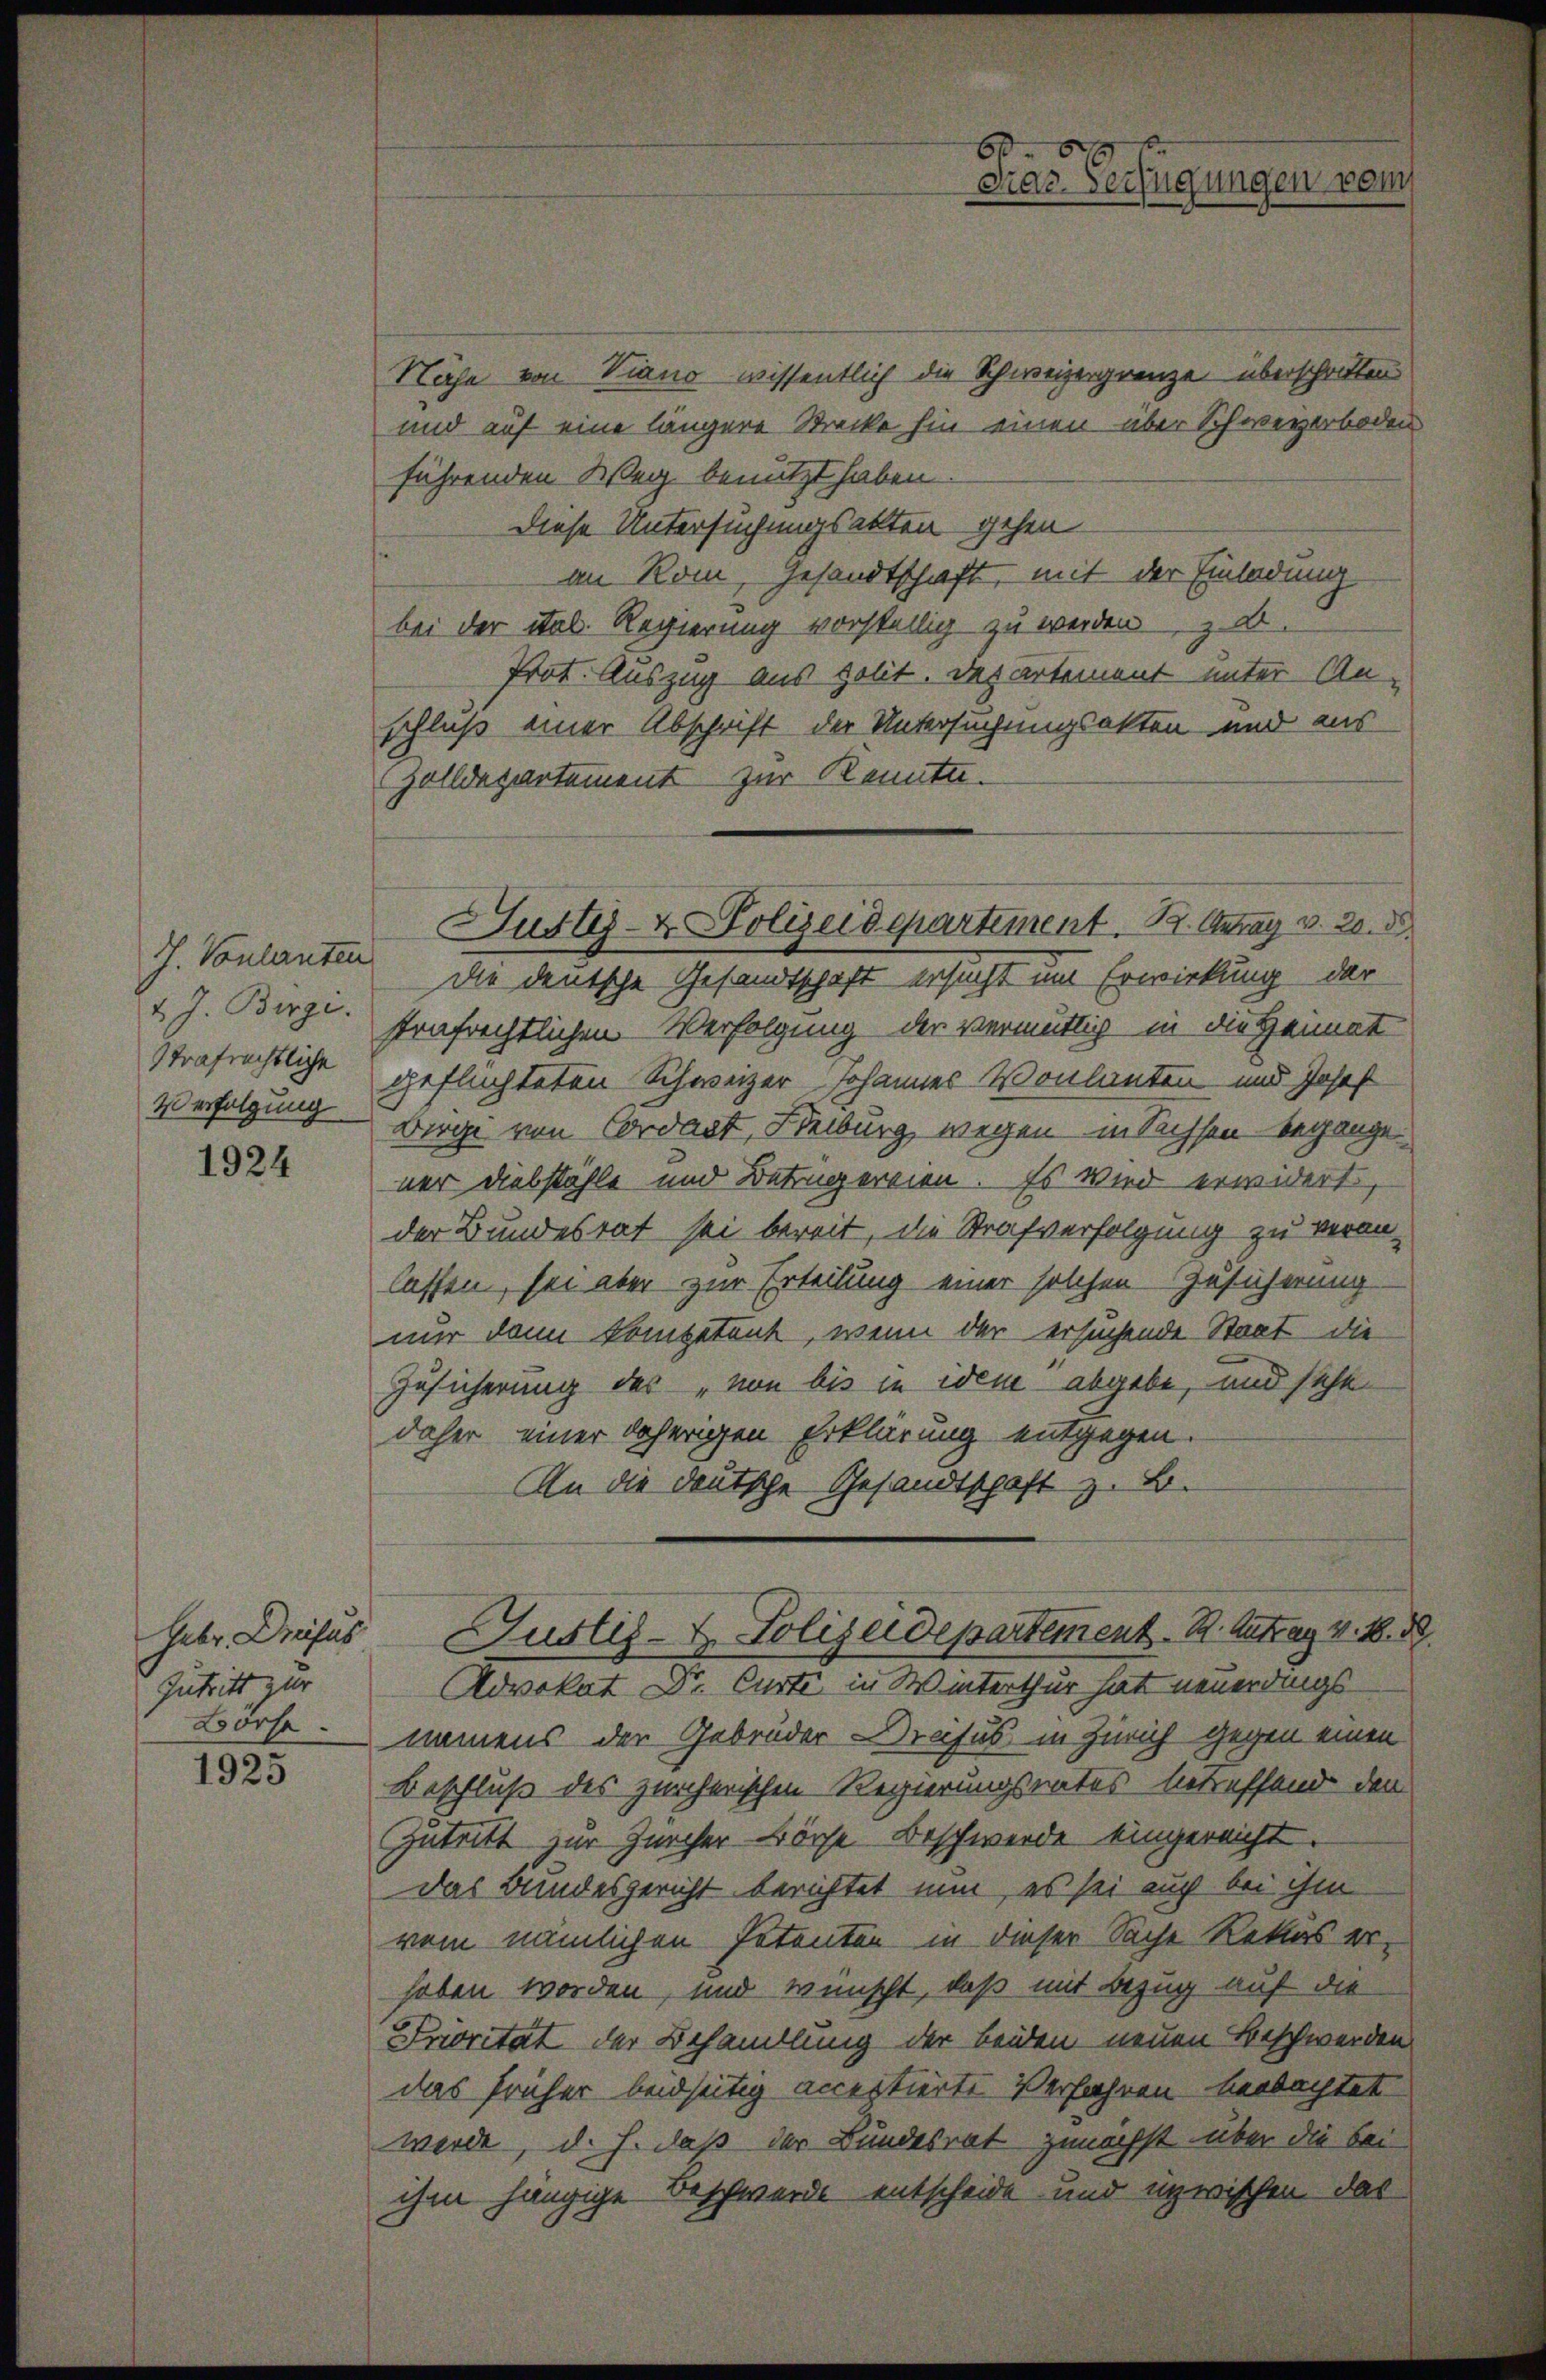
I. Vontanten
2 J. Berge.
strafrechtliche
4 erfolgung

1924

Heber, Dreifus
Zutritt zur
Börse.

1925

Nähe von Viano wissentlich die Schweizergrenze überschritten.
und auf eine längere Strecke hin einen über Schweizerboden
führenden Weg benutzt haben.
Diese Untersuchungsalten gehen
an Rom, Gesandtschaft, mit der Einladung
bei der ital. Regierung vorstellig zu werden zu
Prot. Auszug aus polit. Departement unter An-
schluß einer Abschrift der Untersuchungsakten und aus
Zolldepartement zur Kennte.
die deutsche Gesandtschaft ersucht im Erwirkung der
strafrechtlichen Verfolgung der vermutlig in die Heimat
geflüchteten Schweizer Johannes Volanten und Josef
Dirge von Cordast, Freiburg wegen in Sachsen begange.
ner Diebstähle und Betrugereien. Es wird erwidert,
der Bundesrat sei bereit, die Strafverfolgung zu veranlassen, sei aber zur Erteilung einer solchen Gesicherung
mir dann kompetent, wenn der ersuchende Staat die
Zusicherung des „von bis in wem abgebe, und sehe
daher einer daherigen Erklärung entgegen.
An die deutsche Gesandtschaft z. B.
Justiz- & Polizeidepartement. R. Antrag v. M. D.
Advokat Dr. Curti in Winterthur hat neuerdings
namens der Gebrüder Dreifus in Zürich gegen einen
Beschluß des zürcherischen Regierungsrates betreffend den
Zutritt zur Zürcher Börse Beschwerde eingereicht.
das Bundesgericht berichtet nun, es sei auch bei ihm
vom nämlichen Petenten in dieser Sache Rekros erhaben worden, und wünscht, daß mit Bezug auf die
Priorität der Behandlung der beiden neuen Beschwerden
das früher beidseitig acceptierte Verfahren beobachtet
werde, d. h. daß der Bundesrat zunächst über die bei
ihm hängige Beschwerde entscheide und inzwischen das

Justiz- & Polizeidepartement. B. Antrag v. 20. 8.

6
cnac. Versuchungen vom